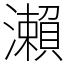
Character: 瀨